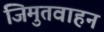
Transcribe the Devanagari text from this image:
जिमुतवाहन